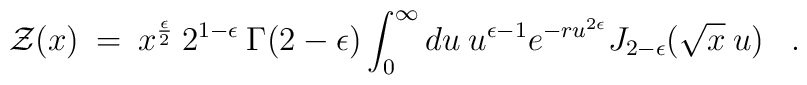
{\cal Z}(x)\>=\> x^{\epsilon \over 2} \> 2^{1 - \epsilon}  \> \Gamma(2-\epsilon)\int_0^\infty  du\>  u^{\epsilon-1} e^{-r u^{2 \epsilon}} J_{2 - \epsilon}({\sqrt x} \> u)\;\;\;.